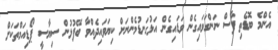
އެންމެ ބޮޑެތި ފާސް ނަންގަވައިގެން ވަޑައިގެން އަޅުގަނޑުމެންނަށް ކިޔަވައިދެއްވާ ބޭފުޅުން ސިޔާސީ ޕޯޑިއަމްތަކަށް